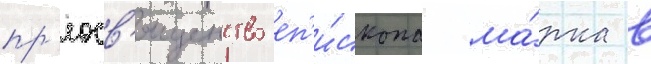
пр'еосв'ященство еп'и́скопа ма́рка в